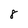
Character: 8